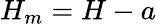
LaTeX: H_{m}=H-a